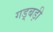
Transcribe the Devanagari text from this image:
गड़्बड़ी